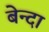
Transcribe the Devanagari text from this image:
बेन्दा